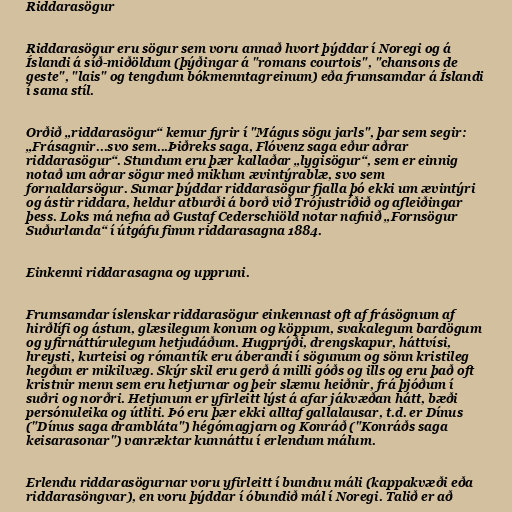
Riddarasögur

Riddarasögur eru sögur sem voru annað hvort þýddar í Noregi og á
Íslandi á síð-miðöldum (þýðingar á "romans courtois", "chansons de
geste", "lais" og tengdum bókmenntagreinum) eða frumsamdar á Íslandi
í sama stíl.

Orðið „riddarasögur“ kemur fyrir í "Mágus sögu jarls", þar sem segir:
„Frásagnir...svo sem...Þiðreks saga, Flóvenz saga eður aðrar
riddarasögur“. Stundum eru þær kallaðar „lygisögur“, sem er einnig
notað um aðrar sögur með miklum ævintýrablæ, svo sem
fornaldarsögur. Sumar þýddar riddarasögur fjalla þó ekki um ævintýri
og ástir riddara, heldur atburði á borð við Trójustríðið og afleiðingar
þess. Loks má nefna að Gustaf Cederschiöld notar nafnið „Fornsögur
Suðurlanda“ í útgáfu fimm riddarasagna 1884.

Einkenni riddarasagna og uppruni.

Frumsamdar íslenskar riddarasögur einkennast oft af frásögnum af
hirðlífi og ástum, glæsilegum konum og köppum, svakalegum bardögum
og yfirnáttúrulegum hetjudáðum. Hugprýði, drengskapur, háttvísi,
hreysti, kurteisi og rómantík eru áberandi í sögunum og sönn kristileg
hegðun er mikilvæg. Skýr skil eru gerð á milli góðs og ills og eru það oft
kristnir menn sem eru hetjurnar og þeir slæmu heiðnir, frá þjóðum í
suðri og norðri. Hetjunum er yfirleitt lýst á afar jákvæðan hátt, bæði
persónuleika og útliti. Þó eru þær ekki alltaf gallalausar, t.d. er Dínus
("Dínus saga drambláta") hégómagjarn og Konráð ("Konráðs saga
keisarasonar") vanræktar kunnáttu í erlendum málum.

Erlendu riddarasögurnar voru yfirleitt í bundnu máli (kappakvæði eða
riddarasöngvar), en voru þýddar í óbundið mál í Noregi. Talið er að